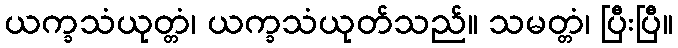
ယက္ခသံယုတ္တံ၊ ယက္ခသံယုတ်သည်။ သမတ္တံ၊ ပြီးပြီ။